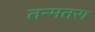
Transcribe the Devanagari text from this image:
तन्मतरा